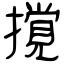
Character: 撹